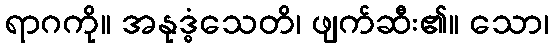
ရာဂကို။ အနုဒ္ဓံသေတိ၊ ဖျက်ဆီး၏။ သော၊